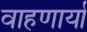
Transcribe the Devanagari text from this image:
वाहणार्या